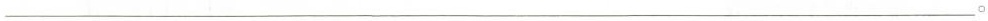
___。